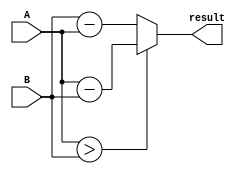
module absolute (A, B, result);
	input [8:0] A, B;
	output [8:0] result;
	
	assign result = (A > B) ? (A-B) : (B-A);
endmodule